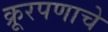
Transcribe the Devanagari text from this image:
क्रूरपणाचे